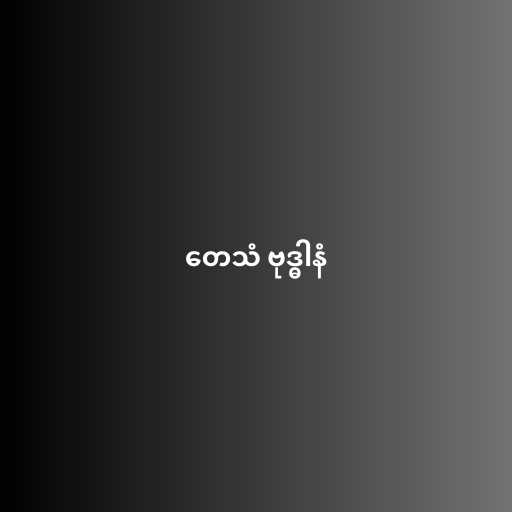
တေသံ ဗုဒ္ဓါနံ